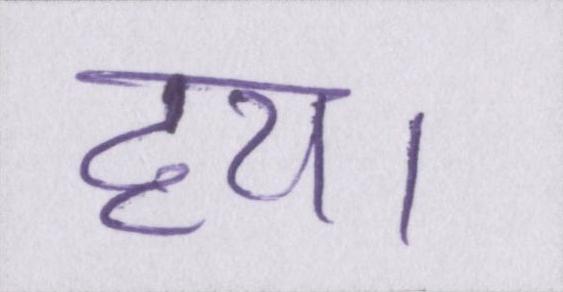
हय।